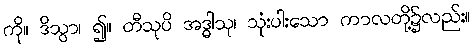
ကို။ ဒိသွာ၊ ၍။ တီသုပိ အဒ္ဓါသု၊ သုံးပါးသော ကာလတို့၌လည်း။